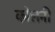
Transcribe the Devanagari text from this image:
कोलनी